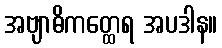
အဗျာဓိကတ္ထေရ အပဒါန။